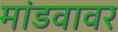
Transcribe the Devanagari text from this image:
मांडवावर